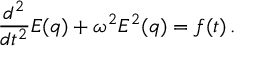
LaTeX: \frac { d ^ { 2 } } { d t ^ { 2 } } E ( q ) + \omega ^ { 2 } E ^ { 2 } ( q ) = f ( t ) \, .